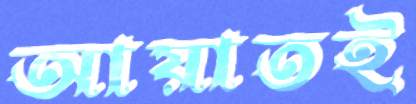
আয়াতই